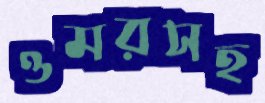
ওমরসহ